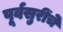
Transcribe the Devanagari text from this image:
पूर्वसुरींचे